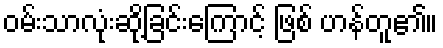
ဝမ်းသာလုံးဆို့ခြင်းကြောင့် ဖြစ် ဟန်တူ၏။